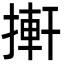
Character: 搟